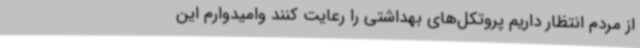
از مردم انتظار داریم پروتکل‌های بهداشتی را رعایت کنند وامیدوارم این